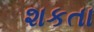
શકતા